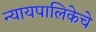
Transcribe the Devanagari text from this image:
न्यायपालिकेचे